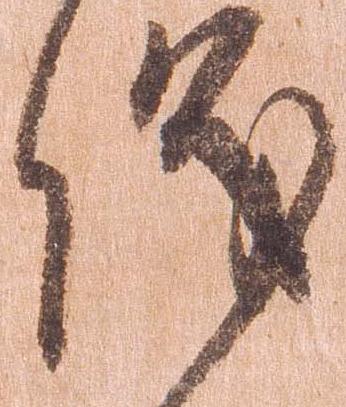
儀